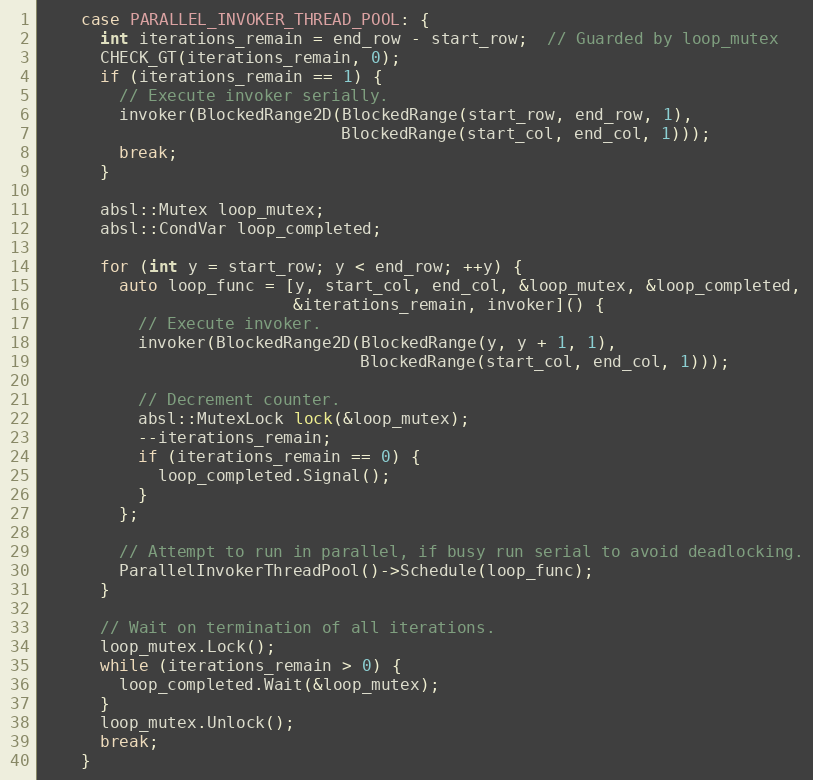
Language: C
    case PARALLEL_INVOKER_THREAD_POOL: {
      int iterations_remain = end_row - start_row;  // Guarded by loop_mutex
      CHECK_GT(iterations_remain, 0);
      if (iterations_remain == 1) {
        // Execute invoker serially.
        invoker(BlockedRange2D(BlockedRange(start_row, end_row, 1),
                               BlockedRange(start_col, end_col, 1)));
        break;
      }

      absl::Mutex loop_mutex;
      absl::CondVar loop_completed;

      for (int y = start_row; y < end_row; ++y) {
        auto loop_func = [y, start_col, end_col, &loop_mutex, &loop_completed,
                          &iterations_remain, invoker]() {
          // Execute invoker.
          invoker(BlockedRange2D(BlockedRange(y, y + 1, 1),
                                 BlockedRange(start_col, end_col, 1)));

          // Decrement counter.
          absl::MutexLock lock(&loop_mutex);
          --iterations_remain;
          if (iterations_remain == 0) {
            loop_completed.Signal();
          }
        };

        // Attempt to run in parallel, if busy run serial to avoid deadlocking.
        ParallelInvokerThreadPool()->Schedule(loop_func);
      }

      // Wait on termination of all iterations.
      loop_mutex.Lock();
      while (iterations_remain > 0) {
        loop_completed.Wait(&loop_mutex);
      }
      loop_mutex.Unlock();
      break;
    }